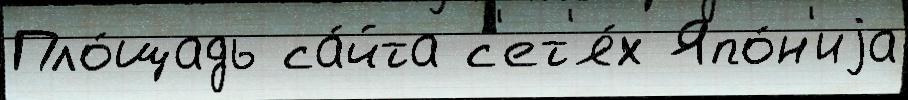
Пло́щадь са́йта с'ет'я́х Япо́н'иjа